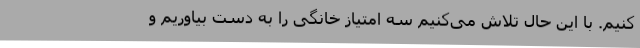
‌کنیم. با این حال تلاش می‌کنیم سه امتیاز خانگی را به دست بیاوریم و